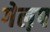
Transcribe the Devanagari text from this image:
गेल़प